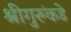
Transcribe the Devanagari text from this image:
श्रीगुरुंकडे